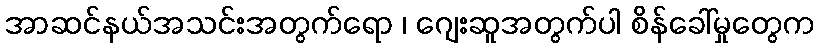
အာဆင်နယ်အသင်းအတွက်ရော ၊ ဂျေးဆူအတွက်ပါ စိန်ခေါ်မှုတွေက